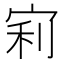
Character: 𡨖